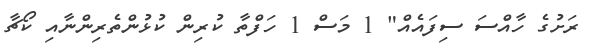
ރަށުގެ ހާއްސަ ސިފައެއް" 1 މަސް 1 ހަފްތާ ކުރިން ކުޅުންތެރިންނާއި ކޯޗާ